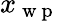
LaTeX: x_{\mathrm{~w~p~}}